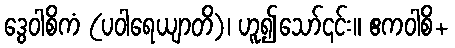
ဒွေဝါစိကံ (ပဝါရေယျာတိ)၊ ဟူ၍သော်၎င်း။ ဧကဝါစိ+